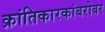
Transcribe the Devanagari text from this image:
क्रांतिकारकांबरोबर